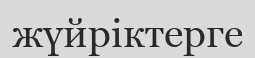
жүйріктерге